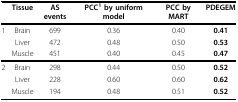
|  | Tissue | AS events | PCC1 by uniform model | PCC by MART | PDEGEM |
 | --- | --- | --- | --- | --- | --- |
 | 1 | Brain | 699 | 0.36 | 0.40 | 0.41 |
 |  | Liver | 472 | 0.48 | 0.50 | 0.53 |
 |  | Muscle | 451 | 0.40 | 0.45 | 0.47 |
 | 2 | Brain | 298 | 0.44 | 0.50 | 0.52 |
 |  | Liver | 228 | 0.60 | 0.60 | 0.62 |
 |  | Muscle | 194 | 0.48 | 0.51 | 0.52 |